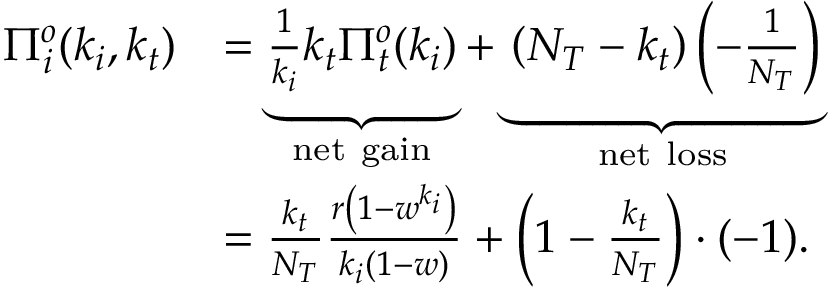
\begin{array} { r l } { \Pi _ { i } ^ { o } ( k _ { i } , k _ { t } ) } & { = \underbrace { \frac { 1 } { k _ { i } } k _ { t } \Pi _ { t } ^ { o } ( k _ { i } ) } _ { \mathrm { n e t ~ g a i n } } + \underbrace { \left( N _ { T } - k _ { t } \right) \left( - \frac { 1 } { N _ { T } } \right) } _ { \mathrm { n e t ~ l o s s } } } \\ & { = \frac { k _ { t } } { N _ { T } } \frac { r \left( 1 - w ^ { k _ { i } } \right) } { k _ { i } ( 1 - w ) } + \left( 1 - \frac { k _ { t } } { N _ { T } } \right) \cdot ( - 1 ) . } \end{array}